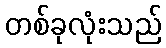
တစ်ခုလုံးသည်